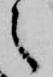
之